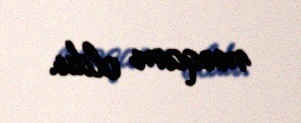
məqam oldu.